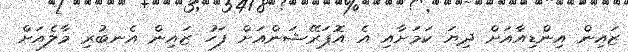
ޒައިން އިންޑިއާއަށް ދިޔަ ކަމަށާއި އެ އޮޕަރޭޝަންއަށް ފަހު ޒައިން އެނބުރި މާލެއަށް